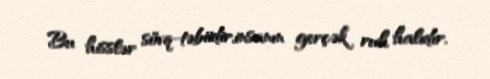
Bu hisslər sövq-təbiidir,insanın gerçək ruh halıdır.